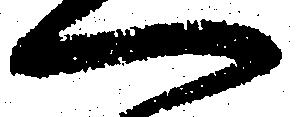
へ